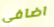
اضافي